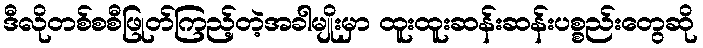
ဒီလိုတစ်စစီဖြုတ်ကြည့်တဲ့အခါမျိုးမှာ ထူးထူးဆန်းဆန်းပစ္စည်းတွေဆို